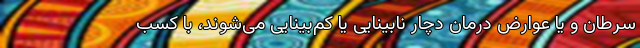
سرطان و یا عوارض درمان دچار نابینایی یا کم‌بینایی می‌شوند، با کسب